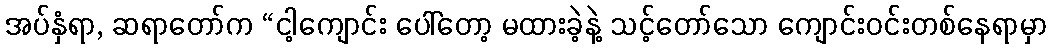
အပ်နှံရာ, ဆရာတော်က “ငါ့ကျောင်း ပေါ်တော့ မထားခဲ့နဲ့ သင့်တော်သော ကျောင်းဝင်းတစ်နေရာမှာ